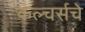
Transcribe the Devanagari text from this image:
कल्चर्सचे